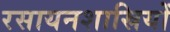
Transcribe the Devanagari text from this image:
रसायनशास्रियों